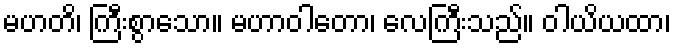
မဟတိ၊ ကြီးစွာသော။ မဟာဝါတော၊ လေကြီးသည်။ ဝါယိယထာ၊